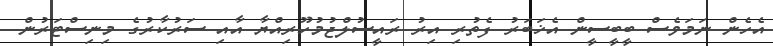
އެހެން ނަމަވެސް ބީބީސީން އެޚަބަރު ފެތުރި އިރު ރައީސުލްޖުމުހޫރިއްޔާ އާއި ސަރުކާރުގެ މިނިސްޓަރުން